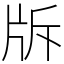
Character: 𤖴